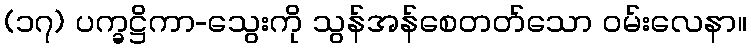
(၁၇) ပက္ခဋ္ဌိကာ-သွေးကို သွန်အန်စေတတ်သော ဝမ်းလေနာ။